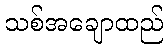
သစ်အချောထည်